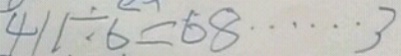
4 1 1 \div 6 = 6 8 \cdots 3